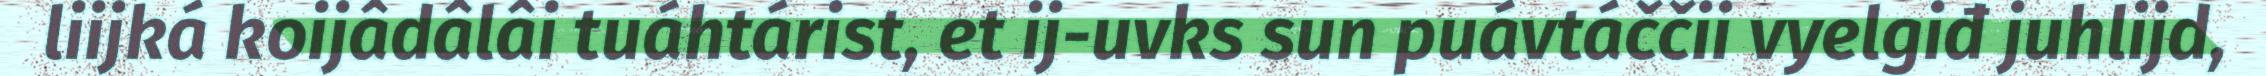
liijká koijâdâlâi tuáhtárist, et ij-uvks sun puávtáččii vyelgiđ juhlijd,